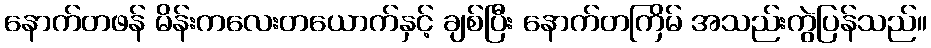
နောက်တဖန် မိန်းကလေးတယောက်နှင့် ချစ်ပြီး နောက်တကြိမ် အသည်းကွဲပြန်သည်။